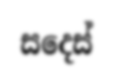
සදෙස්